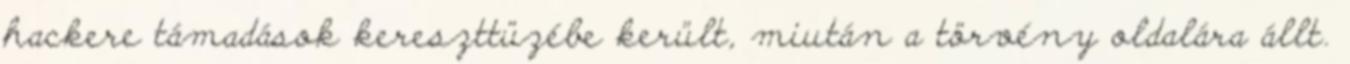
hackere támadások kereszttüzébe került, miután a törvény oldalára állt.